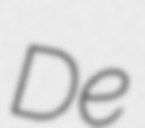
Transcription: De